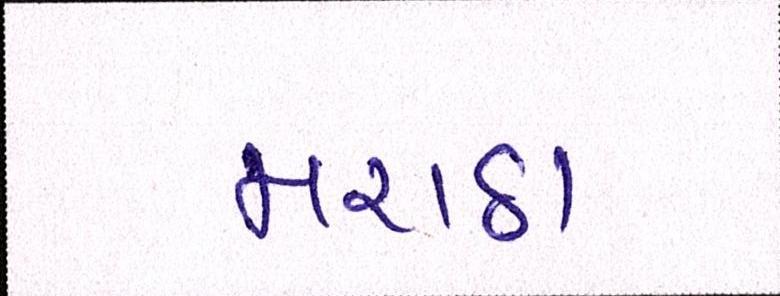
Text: મરાઠા